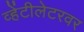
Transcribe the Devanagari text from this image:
व्हेंटीलेटरवर